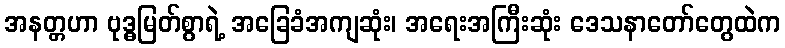
အနတ္တဟာ ဗုဒ္ဓမြတ်စွာရဲ့ အခြေခံအကျဆုံး၊ အရေးအကြီးဆုံး ဒေသနာတော်တွေထဲက